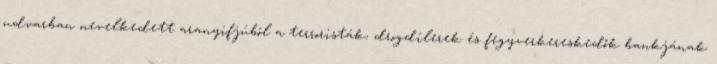
udvarban nevelkedett aranyifjúból a terroristák, drogdílerek és fegyverkereskedők bankjának